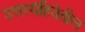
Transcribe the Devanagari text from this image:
उत्तरसंहितेतील